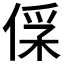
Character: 𠊻